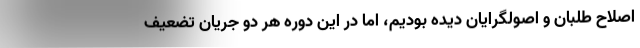
اصلاح طلبان و اصولگرایان دیده بودیم، اما در این دوره هر دو جریان تضعیف